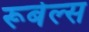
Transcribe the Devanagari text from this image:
रूबेल्स